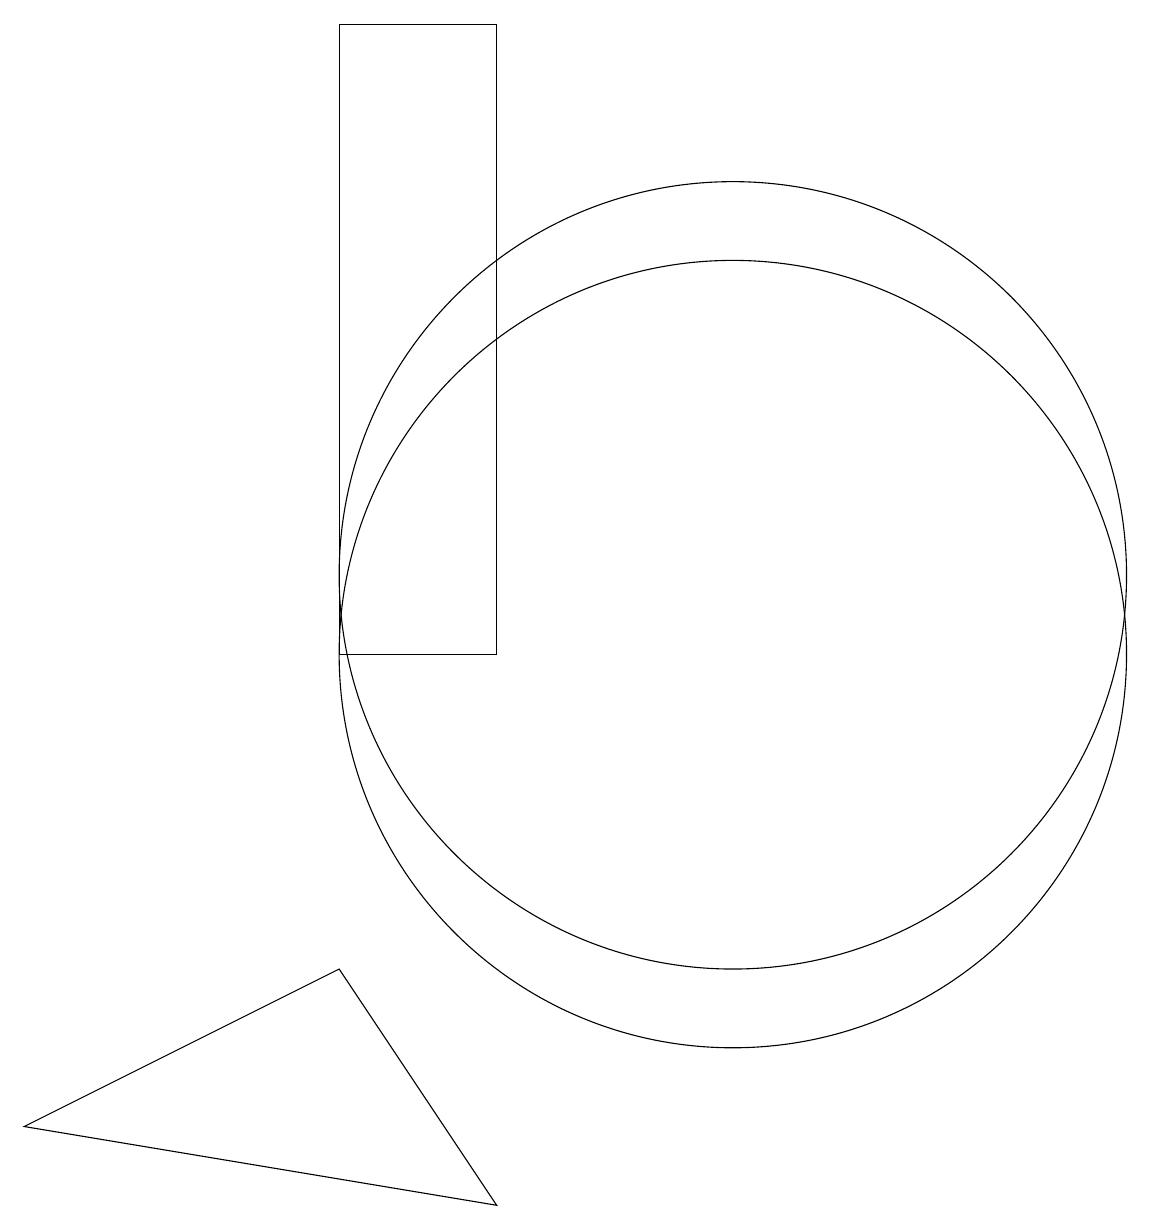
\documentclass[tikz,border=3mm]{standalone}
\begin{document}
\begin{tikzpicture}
\draw (7,18) rectangle (5,10);
\draw (7,3) -- (5,6) -- (1,4) -- cycle;
\draw (10,10) circle (5);
\draw (10,11) circle (5);
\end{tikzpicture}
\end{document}